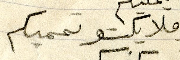
وملايكتو تحميكم